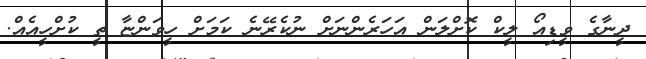
ދީނާގެ ވީޑިއޯ ލީކް ކޮށްލަން އަހަރެންނަށް ނުކެރޭނެ ކަމަށް ހީވަންޏާ ތީ ކުށްހީއެއް.